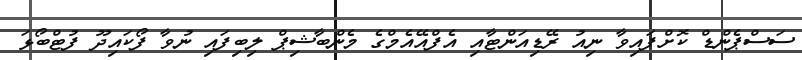
ސަސްޕެންޑް ކޮށްފައިވާ ނިއު ރޭޑިއަންޓާއި އެފްއޭއެމްގެ މެންބާޝިޕް ލިބިފައި ނުވާ ފޯކައިދޫ ފުޓްބޯޅަ